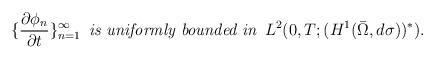
LaTeX: \begin{align*}\{\frac{\partial\phi_n}{\partial t}\}_{n=1}^{\infty}\,\,\, \textit{is uniformly bounded in}\,\,\,L^2(0,T;(H^1(\bar{\Omega},d\sigma))^{*}).\end{align*}